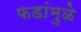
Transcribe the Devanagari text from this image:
फडांमुळे